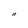
Character: 0